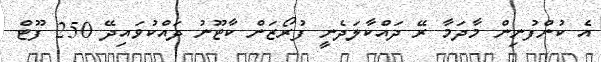
އެ ކުންފުުނިން މާދަމާ ރޭ ދައްކާލަދެނީ ފުރޯޒަން ކާޓޫނު ދައްކުވައިދޭ 250 ފޫޓް